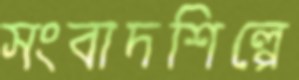
সংবাদশিল্পে